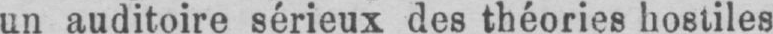
un auditoire sérieux des théories hostiles